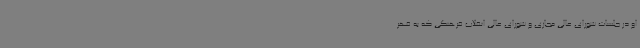
او در جلسات شورای عالی مجازی و شورای عالی انقلاب فرهنگی که به قهر